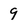
Character: 9